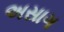
અસાગ